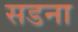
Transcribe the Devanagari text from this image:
सडना